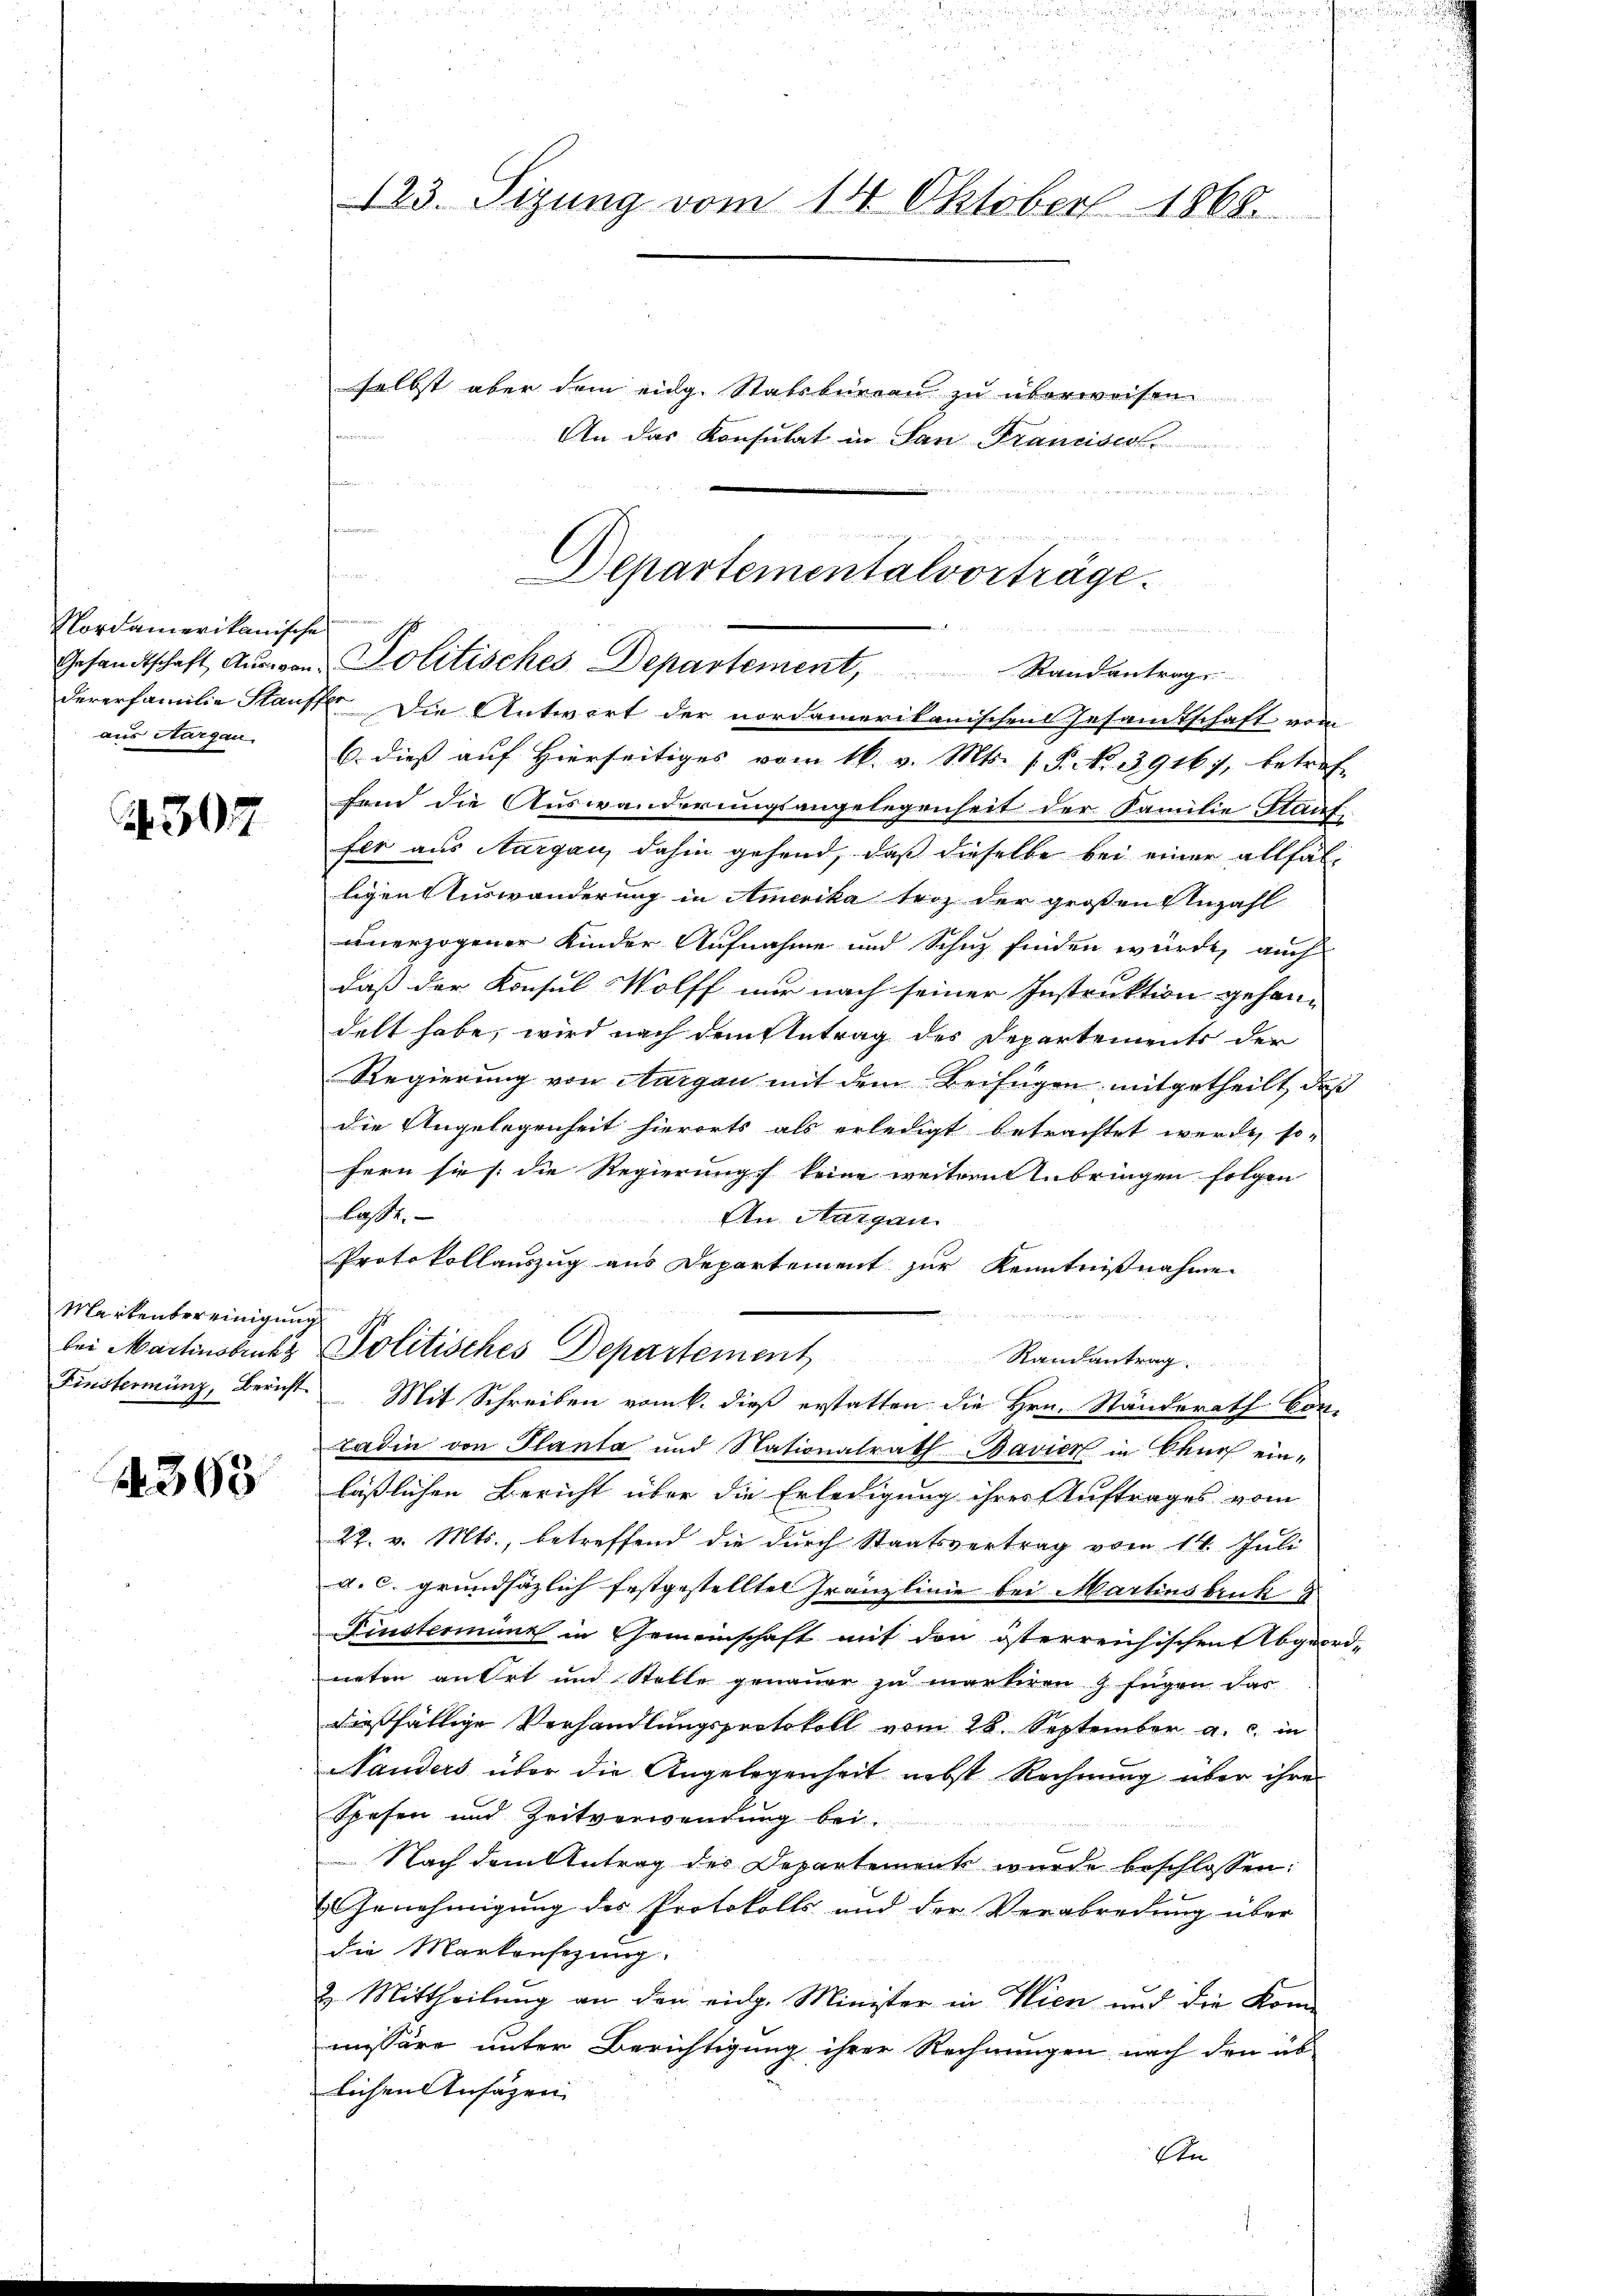
Nordamerikanische
aus Nargau.

307

Markenbereinigung
bei Martinsbruckt
Finsterminz, Bericht

4368

123. Sizung vom 14. Oktober 1868.

i
dererfamilie Stauffer die Antwort der nordamerikanischen Gesamtschaft vom
6. dieß auf Hierseitiges vom 16. v. Mts. 1. P. No. 39167, betref-
fein die Auswanderungsangelegenheit der Familie Stauf
fer aus Aargau, dahin gehend, daß dieselbe bei einer allfälligen Auswanderung in Amerika trag der großen Anzahl
unerzogener Kinder Aufnahme und Schaz finden würde, auch
daß der Konsul Wolff nur nach seiner Instruktion gehan-
delt habe, wird nach dem Antrag des Departements der
Regierung von Aargau mit dem Beifügen mitgetheilt, daß
die Angelegenheit hierorts als erledigt betrachtet werde, so-
fern sie die Regierungs keine weitern Anbringen folgen
lasse.
An Aargau
Protokollauszug aus Departement zur Kenntnißnahme
t
Politisches Departement Randantrag
Mit Schreiben vom 6. dieß erstatten die Hrn. Ständerath ber
Tadin von Planta und Nationalrath Bavier in Churf ein-
läßlichen Bericht über die Erledigung ihres Auftrages vom
22. v. Mts., betreffend die durch Staatsvertrag vom 14. Juli
a. c. grundsäzlich festgestellten Gränzlinie bei Martinsbruk
Finsterminz in Gemeinschaft mit den österreichischen Abgeord-
neten an Ort und Stelle genauer zu martiren J. fügen das
dießfällige Verhandlungsprotokoll vom 28. September a. c. in
Nauders über die Angelegenheit nebst Rechnung über ihre
Spesen und Zeitverwendung bei.
Nach dem Antrag der Departement wurde beschlossen:
(Genehmigung des Protokolls und der Verabredung über
die Markensezung.
2. Mittheilung an den eidg. Minister in Wien und die Kommissäre unter Berichtigung ihrer Rechnungen nach den üb
lichen Ansagen
Sten

selbst aber dem eidg. Stabsburren zu überweisen
An das Konsulat in San Franziser
  in

Departementalvorträge.
n
Gesandtschaft Aŭswand Politisches Departement, Randantrag